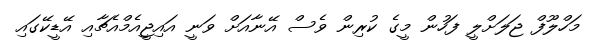
މަހްލޫފް ޖަލަށްލީ ފަހުން މީގެ ކުރިން ވެސް އޭނާއަށް ވަނީ އައިޖީއެމްއެޗާއި އޭޑީކޭގައި